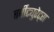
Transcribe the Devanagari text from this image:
बर्बीट्युरेट्स